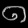
Digit: ၈